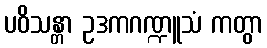
ပဝိသန္တာ ဥဒကဂဏ္ဍူသံ ကတွာ